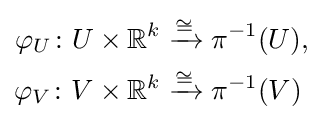
{\begin{aligned}\varphi _{U}\colon U\times \mathbb {R} ^{k}&\mathrel {\xrightarrow {\cong } } \pi ^{-1}(U),\\\varphi _{V}\colon V\times \mathbb {R} ^{k}&\mathrel {\xrightarrow {\cong } } \pi ^{-1}(V)\end{aligned}}